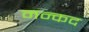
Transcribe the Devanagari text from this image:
मन्कद